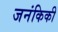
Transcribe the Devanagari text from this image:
जनंकिकी